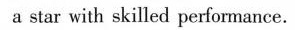
a star with skilled performance.